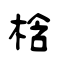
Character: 梒